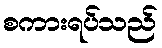
စကားရပ်သည်